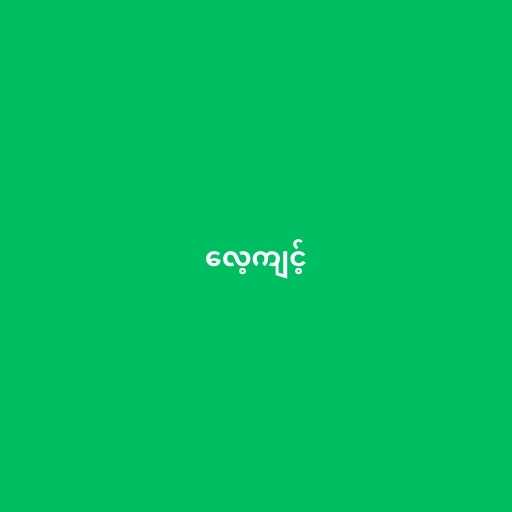
လေ့ကျင့်